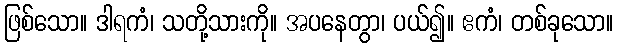
ဖြစ်သော။ ဒါရကံ၊ သတို့သားကို။ အပနေတွာ၊ ပယ်၍။ ဧကံ၊ တစ်ခုသော။